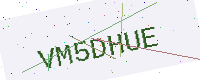
Text: VM5DHUE